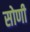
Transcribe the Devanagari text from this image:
सोणी